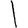
Digit: 1